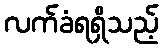
လက်ခံရရှိသည့်